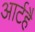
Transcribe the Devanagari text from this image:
आर्टहै